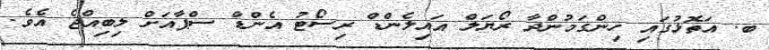
ބ. އަތޮޅުގައި ހިންގަމުންދާ ރޯޔަލް އައިލެންޑް ރިސޯޓު އެންޑް ސްޕާއަށް ލިބިއްޖެ އެވެ.